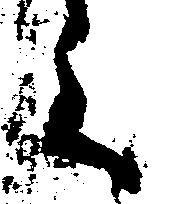
く